system: You are a helpful assistant.
user:
Analyze the provided spectrum to determine if it is a **S-type Star**.

- **Key Indicators for S-type Star:**

    - **(Overall Spectrum Shape):** The first and most obvious characteristic is the overall continuum (the "baseline" shape). It is **extremely "red-sloping,"** meaning the flux (light intensity) is very low on the left side (blue, ~4000-4500 Å) and rises steeply and continuously toward the right side (red, ~7000 Å+).

    - **(Primary):** The spectrum is defined by the presence of strong, broad molecular absorption "valleys" (bands) from **Zirconium Oxide (ZrO)**. The identification of these bands is the **primary requirement** for classifying a star as S-type.
        - **(Key Bandheads):** You must find distinct, deep "dips" where the light has been absorbed. The most critical band systems to locate are:
            - **~6474 Å** ($\gamma$-system): This is often the strongest and clearest ZrO feature, found in the red part of the spectrum.
            - **~5718 Å** & **~5551 Å** ($\beta$-system): A pair of prominent absorption features in the yellow-orange part of the spectrum.
            - **~4640 Å** ($\alpha$-system): A key absorption band system in the blue-green region of the spectrum.

    - **(Secondary Confirmation):** The classification is strengthened by finding additional absorption bands from other related heavy element oxides, which are expected to be present alongside ZrO.
        - **(Key Bandheads):**
            - **Yttrium Oxide (YO):** Look for absorption dips near **~4800 Å** and **~6100 Å**.
            - **Lanthanum Oxide (LaO):** Additional absorption features, particularly in the red-orange part of the spectrum, are also characteristic.

    - **(Line Profile):** The combination of the steep red continuum and these numerous, deep molecular bands (ZrO, YO, etc.) gives the entire spectrum a very **"chopped-up"** or **"bumpy"** appearance. Instead of a smooth curve, the spectrum looks as though large, wide chunks of light have been "carved out" of it at the specific wavelengths listed above.

Think first, call **spectral_visualization_tool** if needed to examine features in detail, then provide your final answer. Your response must adhere to the following strict rules:
1.  **Overall Structure:** Your response must follow the format `<think>...</think> <tool_call>...</tool_call> (if a tool is used) <answer>...</answer>`.
2.  **Tool Usage Constraint:** You may only make **one** tool call per turn.
3.  **Final Answer Format:** In the `<answer>` tag, your conclusion must be inside a `\boxed{}` command (e.g., `\boxed{YES}` or `\boxed{NO}`), followed by your justification.

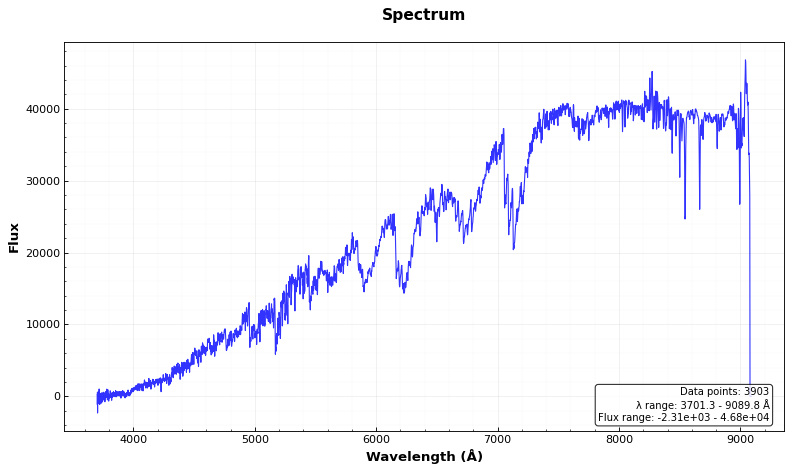
Answer: YES